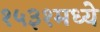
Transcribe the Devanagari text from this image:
१५३१मध्ये